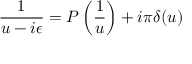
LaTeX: \displaystyle { \frac { 1 } { u - i \epsilon } } = { \cal P } \left( \displaystyle { \frac { 1 } { u } } \right) + i \pi \delta ( u )